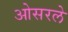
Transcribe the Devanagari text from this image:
ओसरले